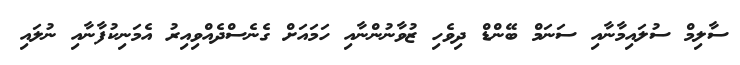
ސާލިމް ސުލައިމާނާއި ސަނަމް ބޭންޑް ދިވެހި ޒުވާނުންނާއި ހަމައަށް ގެނެސްދެއްވިއިރު އެމަނިކުފާނާއި ނުލައި